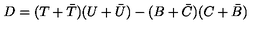
D = ( T + \bar { T } ) ( U + \bar { U } ) - ( B + \bar { C } ) ( C + \bar { B } )